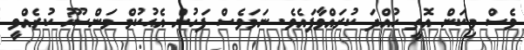
ވެސް މިކަން އޮތީ ހުއްދަ ކުރައްވާފައެވެ. ނަމަވެސް ފަހުން އެޙުކުމް މަންސޫޚު ކުރެއްވީ